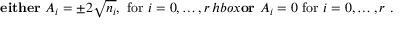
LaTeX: \mathrm { \bf ~ e i t h e r } \ A _ { i } = \pm 2 \sqrt { n _ { i } } , \ \mathrm { f o r } \ i = 0 , \dots , r \, h b o x { \bf o r } \ A _ { i } = 0 \ \mathrm { f o r } \ i = 0 , \dots , r \ .